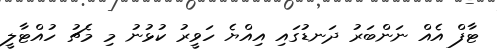
ޓާފް އެއް ނަންބަރު ދަނޑުގައި އިއްޔެ ހަވީރު ކުޅުނު މި މެޗު ހުއްޓާލީ